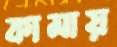
কামায়